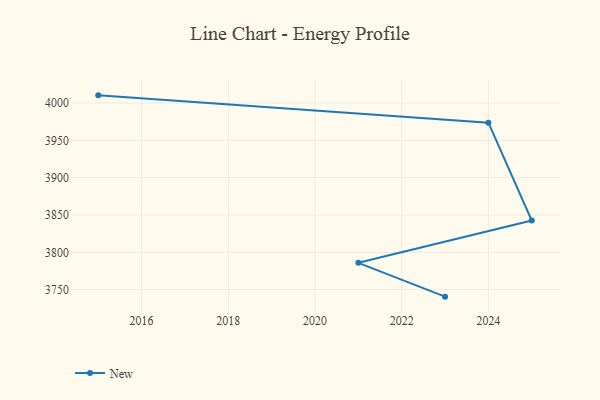
{"axis": {"x": "Year", "y": "Satisfaction Score"}, "legend": ["New"], "data": [{"x": "2023", "y": 3740.7, "type": "New"}, {"x": "2021", "y": 3786.0, "type": "New"}, {"x": "2025", "y": 3842.7, "type": "New"}, {"x": "2024", "y": 3973.7, "type": "New"}, {"x": "2015", "y": 4010.3, "type": "New"}]}